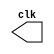
// --------------------------- 
// -- test clock generator (1) 
// ---------------------------
// Nome: Rayan Darwin

module clock ( clk ); 
output clk; 
reg clk; 
initial 
begin 
clk = 1'b0; 
end 
always 
begin 
#12 clk = ~clk; 
end 
endmodule 
module Exemplo0041; 
wire clk; 
clock CLK1 ( clk ); 
initial begin 
$dumpfile ( "Exemplo0041.vcd" ); 
$dumpvars; 
#120 $finish; 
end 
endmodule